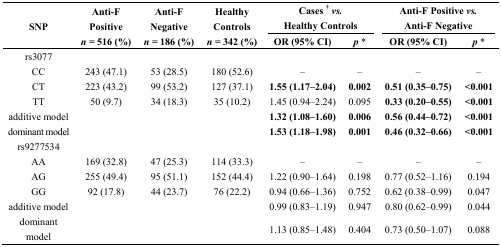
<table><thead><tr><td rowspan="2"><b>SNP</b></td><td rowspan="2"><b>Anti-F Positive<i>n</i> = 516 (%)</b></td><td rowspan="2"><b>Anti-F Negative<i>n</i> = 186 (%)</b></td><td rowspan="2"><b>Healthy Controls<i>n</i> = 342 (%)</b></td><td colspan="2"><b>Cases <sup>†</sup><i>vs.</i> Healthy Controls</b></td><td colspan="2"><b>Anti-F Positive <i>vs.</i> Anti-F Negative</b></td></tr><tr><td><b>OR (95% CI)</b></td><td><b><i>p</i> *</b></td><td><b>OR (95% CI)</b></td><td><b><i>p</i> *</b></td></tr></thead><tbody><tr><td>rs3077</td><td></td><td></td><td></td><td></td><td></td><td></td><td></td></tr><tr><td>CC</td><td>243 (47.1)</td><td>53 (28.5)</td><td>180 (52.6)</td><td>–</td><td>–</td><td>–</td><td>–</td></tr><tr><td>CT</td><td>223 (43.2)</td><td>99 (53.2)</td><td>127 (37.1)</td><td><b>1.55 (1.17–2.04)</b></td><td><b>0.002</b></td><td><b>0.51 (0.35–0.75)</b></td><td><b>&lt;0.001</b></td></tr><tr><td>TT</td><td>50 (9.7)</td><td>34 (18.3)</td><td>35 (10.2)</td><td>1.45 (0.94–2.24)</td><td>0.095</td><td><b>0.33 (0.20–0.55)</b></td><td><b>&lt;0.001</b></td></tr><tr><td>additive model</td><td></td><td></td><td></td><td><b>1.32 (1.08–1.60)</b></td><td><b>0.006</b></td><td><b>0.56 (0.44–0.72)</b></td><td><b>&lt;0.001</b></td></tr><tr><td>dominant model</td><td></td><td></td><td></td><td><b>1.53 (1.18–1.98)</b></td><td><b>0.001</b></td><td><b>0.46 (0.32–0.66)</b></td><td><b>&lt;0.001</b></td></tr><tr><td>rs9277534</td><td></td><td></td><td></td><td></td><td></td><td></td><td></td></tr><tr><td>AA</td><td>169 (32.8)</td><td>47 (25.3)</td><td>114 (33.3)</td><td>–</td><td>–</td><td>–</td><td>–</td></tr><tr><td>AG</td><td>255 (49.4)</td><td>95 (51.1)</td><td>152 (44.4)</td><td>1.22 (0.90–1.64)</td><td>0.198</td><td>0.77 (0.52–1.16)</td><td>0.194</td></tr><tr><td>GG</td><td>92 (17.8)</td><td>44 (23.7)</td><td>76 (22.2)</td><td>0.94 (0.66–1.36)</td><td>0.752</td><td>0.62 (0.38–0.99)</td><td>0.047</td></tr><tr><td>additive model</td><td></td><td></td><td></td><td>0.99 (0.83–1.19)</td><td>0.947</td><td>0.80 (0.62–0.99)</td><td>0.044</td></tr><tr><td>dominant model</td><td></td><td></td><td></td><td>1.13 (0.85–1.48)</td><td>0.404</td><td>0.73 (0.50–1.07)</td><td>0.088</td></tr></tbody></table>